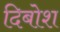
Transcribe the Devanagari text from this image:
दिबोश